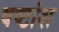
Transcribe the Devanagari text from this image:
षष्टांश